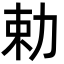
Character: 勅